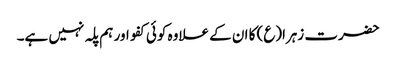
حضرت زہرا(ع) کا ان کے علاوہ کوئی کفو اور ہم پلہ نہیں ہے۔